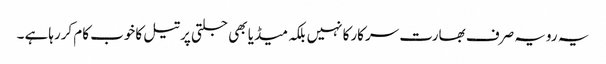
یہ رویہ صرف بھارت سرکارکا نہیں بلکہ میڈیا بھی جلتی پرتیل کاخوب کام کررہاہے ۔